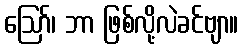
ဪ၊ ဘာ ဖြစ်လို့လဲခင်ဗျာ။